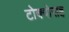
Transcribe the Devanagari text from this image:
टोक्योसह